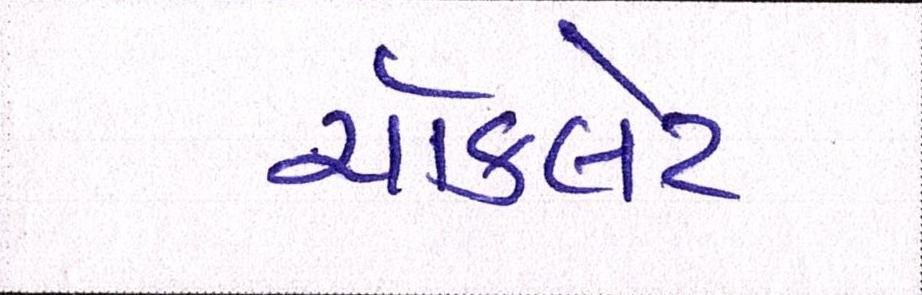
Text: ચૉકલેટ